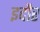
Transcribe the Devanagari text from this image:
इदौर